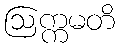
ဩက္ကမတိ